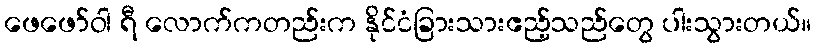
ဖေဖော်ဝါ ရီ လောက်ကတည်းက နိုင်ငံခြားသားဧည့်သည်တွေ ပါးသွားတယ်။